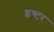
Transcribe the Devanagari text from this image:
इश्टर